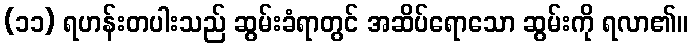
(၁၁) ရဟန်းတပါးသည် ဆွမ်းခံရာတွင် အဆိပ်ရောသော ဆွမ်းကို ရလာ၏။